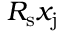
R _ { \mathrm { s } } x _ { \mathrm { j } }